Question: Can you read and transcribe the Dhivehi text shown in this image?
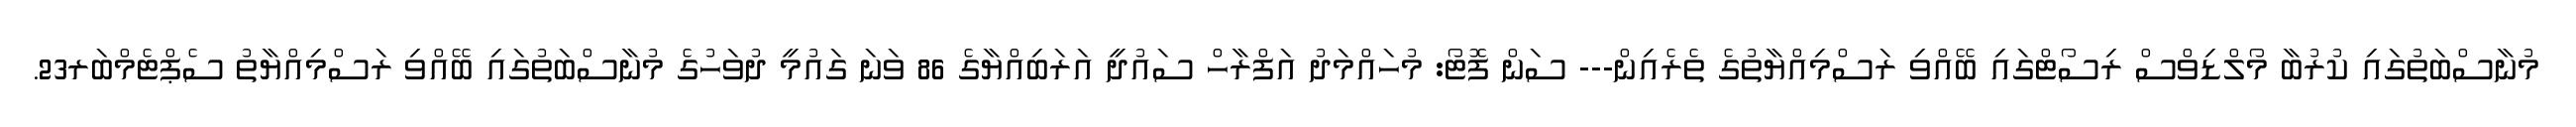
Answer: މުނާސްބަތުގައި ކުރުބާ މޯލްޑިވްސް ރިސޯޓްގައި ބޭއްވި ރަސްމިއްޔާތުގެ ތެރެއިން--- ސަން ފޮޓޯ: މުހައްމަދު އަފްރާހް ސައުދީ އަރަބިއްޔާގެ 86 ވަނަ ގައުމީ ދުވަހުގެ މުނާސްބަތުގައި ބޭއްވި ރަސްމިއްޔާތު ސެޕްޓެމްބަރ23.